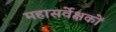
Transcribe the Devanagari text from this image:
महासर्वेक्षकों